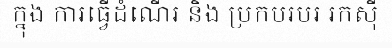
ក្នុង ការធ្វើដំណើរ និង ប្រកបរបរ រកស៊ី